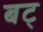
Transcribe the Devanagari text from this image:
बट्